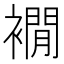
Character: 襉